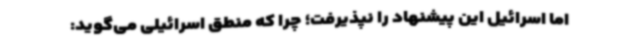
اما اسرائیل این پیشنهاد را نپذیرفت؛ چرا که منطق اسرائیلی می‌گوید: